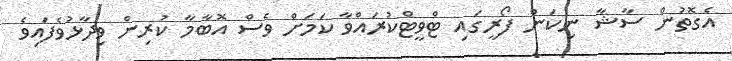
އެގޮތުން ސާޝާ ނިކަން ފޯރީގައި ޓްވީޓްކުރައްވާ ކަމަށް ވެސް އޮބާމާ ކުރިން ވިދާޅުވެފައިވެ